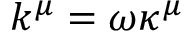
k ^ { \mu } = \omega \kappa ^ { \mu }